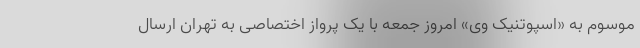
موسوم به «اسپوتنیک وی» امروز جمعه با یک پرواز اختصاصی به تهران ارسال